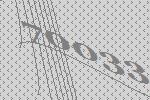
70033